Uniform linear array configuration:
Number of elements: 64
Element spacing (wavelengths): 0.75
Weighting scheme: cosine
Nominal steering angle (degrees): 60
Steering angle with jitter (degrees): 60.701
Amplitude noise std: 0.05
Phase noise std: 0.05

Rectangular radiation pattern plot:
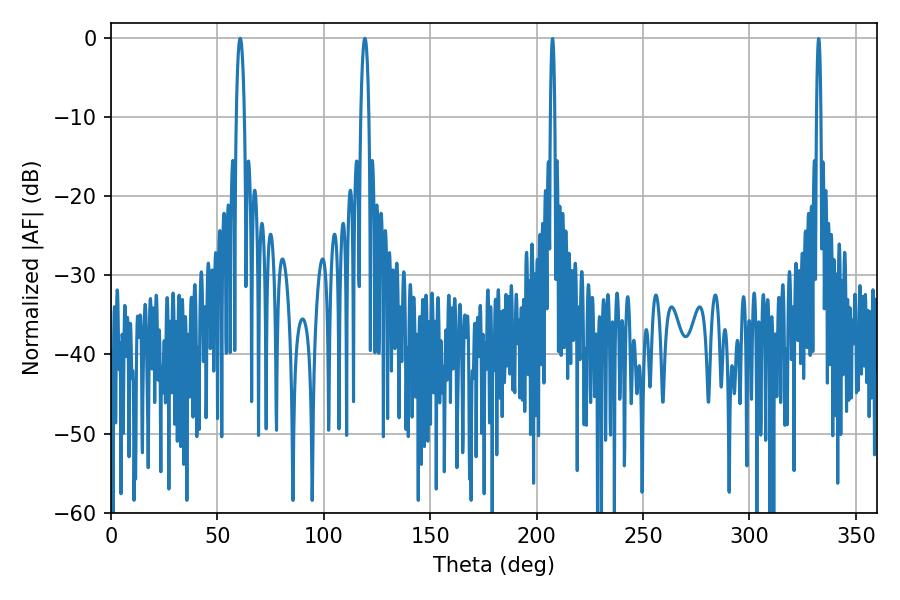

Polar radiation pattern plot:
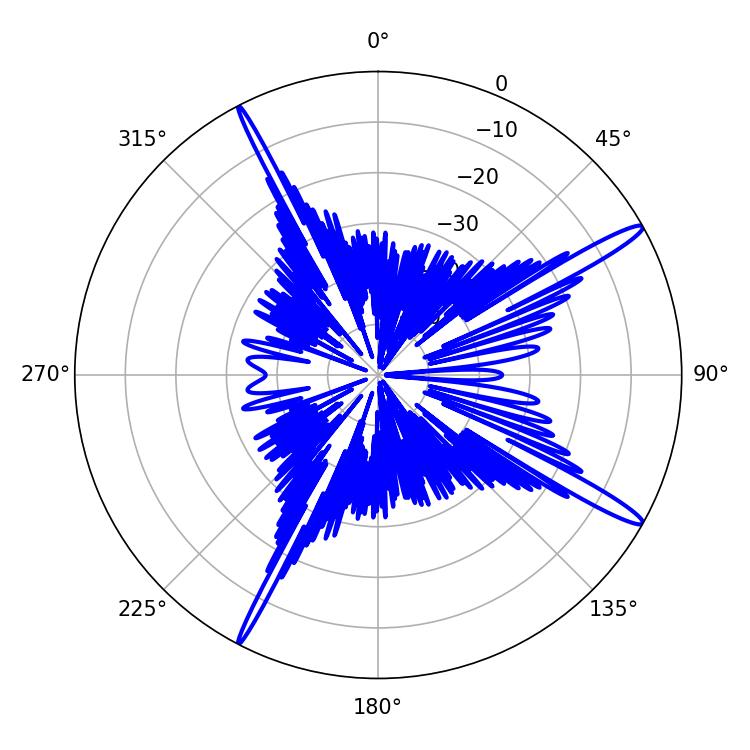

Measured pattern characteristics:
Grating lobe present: TRUE
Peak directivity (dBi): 15.774
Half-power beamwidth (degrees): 1.98
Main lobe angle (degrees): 60.66